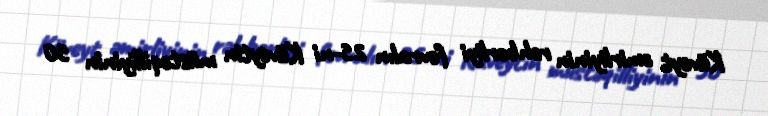
Küveyt əmirliyinin rəhbərliyi fevralın 25-ni Küveytin müstəqilliyinin 50